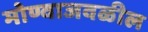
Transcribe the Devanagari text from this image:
मोण्वाजवळील